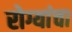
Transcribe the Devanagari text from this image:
रोग्यांचा